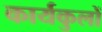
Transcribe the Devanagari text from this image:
कार्यकुलों